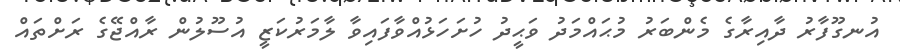
އުނގޫފާރު ދާއިރާގެ މެންބަރު މުޙައްމަދު ވަޙީދު ހުށަހަޅުއްވާފައިވާ ލާމަރުކަޒީ އުސޫލުން ރާއްޖޭގެ ރަށްތައް